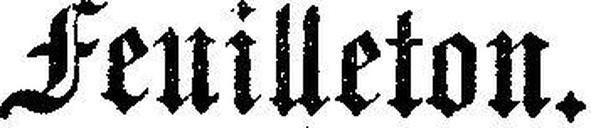
Feuilleton.